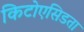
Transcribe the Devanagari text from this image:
किटोएसिडता